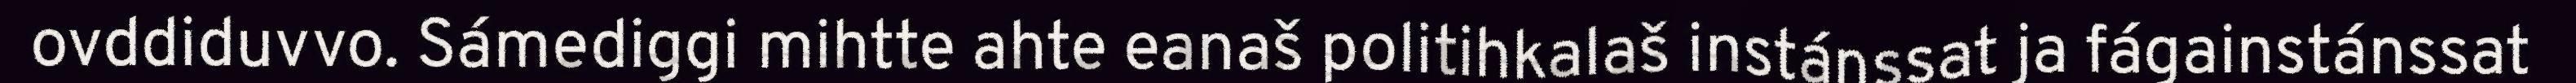
ovddiduvvo. Sámediggi mihtte ahte eanaš politihkalaš instánssat ja fágainstánssat